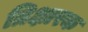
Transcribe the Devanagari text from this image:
त्रिक्षारक